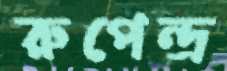
রুপেন্দ্র